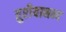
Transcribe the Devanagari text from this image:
तुरीयानन्द